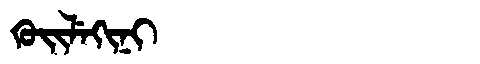
Manchu: ᡴᡠᡳᠯᡝᡴᡳᠨᡳ
Romanization: KUILEKINI